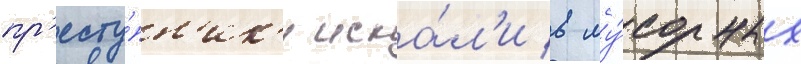
пр'есту́пн'ик'и иска́л'и в му́сорных